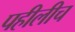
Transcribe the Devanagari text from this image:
पहीलीच